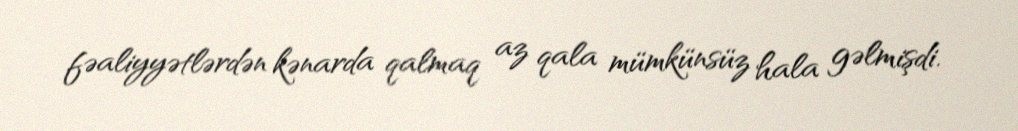
fəaliyyətlərdən kənarda qalmaq az qala mümkünsüz hala gəlmişdi.